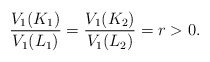
\begin{align*} \frac{V_1(K_1)}{V_1(L_1)} = \frac{V_1(K_2)}{V_1(L_2)} = r >0. \end{align*}